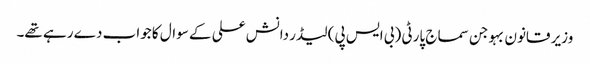
وزیر قانون بہوجن سماج پارٹی (بی ایس پی) لیڈر دانش علی کے سوال کا جواب دے رہے تھے۔